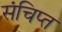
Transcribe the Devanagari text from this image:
संचिप्त